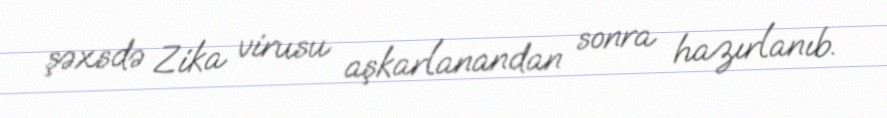
şəxsdə Zika virusu aşkarlanandan sonra hazırlanıb.